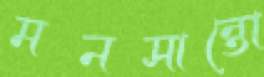
মনসান্তো